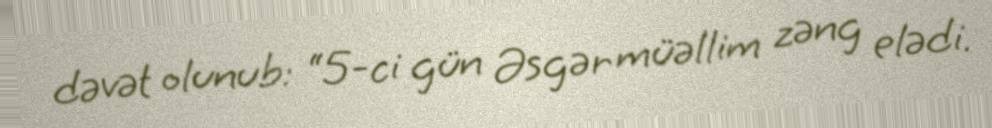
dəvət olunub: “5-ci gün Əsgər müəllim zəng elədi.